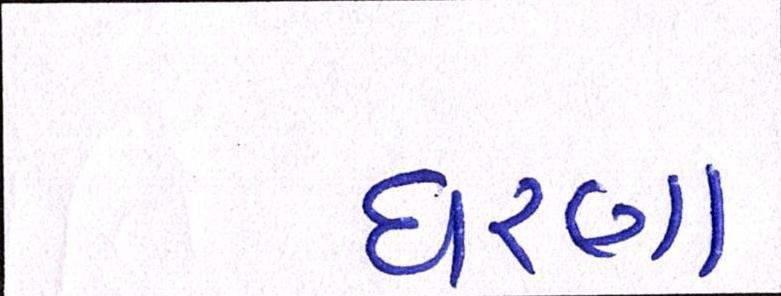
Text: ધરણા